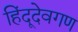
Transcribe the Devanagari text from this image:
हिंदूदेवगण